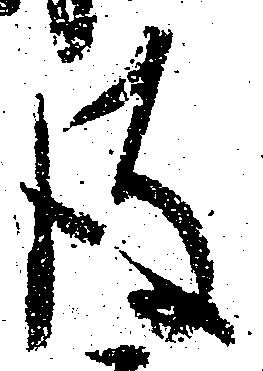
彼